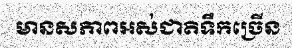
មានសភាពអស់ជាតិទឹកច្រើន